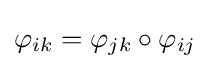
\varphi _{ik}=\varphi _{jk}\circ \varphi _{ij}